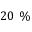
2 0 \ \%